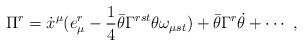
LaTeX: \begin{align*}\Pi^r = \dot{x}^{\mu} (e_{\mu}^r -\frac{1}{4} \bar{\theta} \Gamma^{rst} \theta\omega_{\mu st } )+ \bar{\theta} \Gamma^r \dot{\theta} + \cdots ~ ,\end{align*}